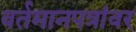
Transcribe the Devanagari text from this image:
वर्तमानपत्रांवर